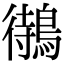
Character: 𪃝